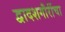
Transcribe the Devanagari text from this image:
द्वादशगौरींचा